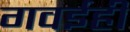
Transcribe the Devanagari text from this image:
गवईही